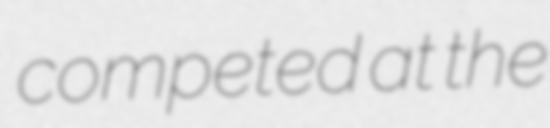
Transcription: competed at the